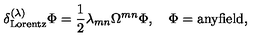
\delta _ { \mathrm { L o r e n t z } } ^ { ( \lambda ) } \Phi = \frac 1 2 \lambda _ { m n } \Omega ^ { m n } \Phi , \quad \Phi = \mathrm { a n y f i e l d } ,